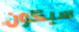
سيكون